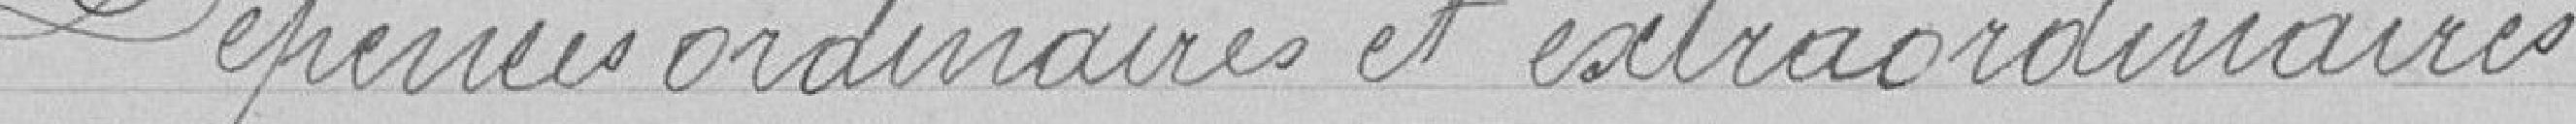
Dépenses ordinaires et extraordinaires